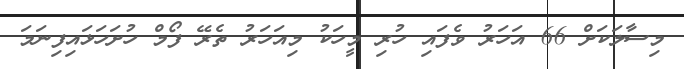
މިސާލަކަށް 66 އަހަރު ވެފައި ހުރި މީހަކު މިއަހަރު ތެރޭ ފޯމް ހުށަހަޅައިފިނަމަ